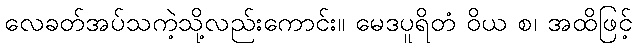
လေခတ်အပ်သကဲ့သို့လည်းကောင်း။ မေဒပူရိတံ ဝိယ စ၊ အထိဖြင့်